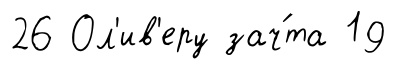
26 Ол'ив'еру зач́та 19